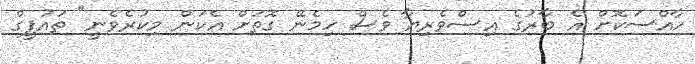
ހާއްސަކޮށް އެ ބާރުގެ އިސްވެރިޔާ ވެސް ހިމެނޭ ގޮތަށް އެކަން މިކުރެވެނީ" ތައުފީގް